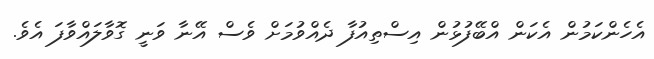
އެހެންކަމުން އެކަން އްބޭފުޅުން އިސްތިއުފާ ދެއްވުމަށް ވެސް އޭނާ ވަނީ ގޮވާލައްވާފަ އެވެ.